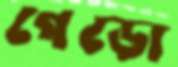
গেড়ো